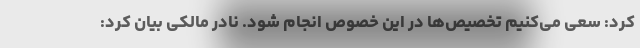
کرد: سعی می‌کنیم تخصیص‌ها در این خصوص انجام شود. نادر مالکی بیان کرد: